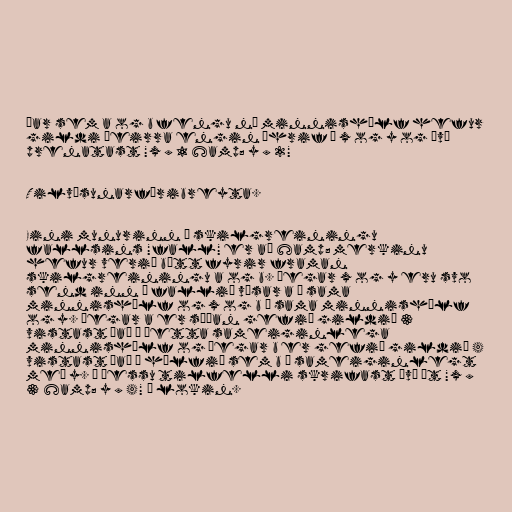
Þar sem a og b fengu ný minnishólf hefur
gildi þeirra engin áhrif á x og y og því
prenatast "x = 1 &amp; y = 2"

Tilvísunarfæribreyta.

Eini munurinn í skilgreiningu
fallsins "fall" er að &amp; merkinu
hefur verið bætt fyrir framan
skilgreiningu a og b. Þegar x og y eru svo
send inn í fallið vísar a á sama
minnishólf og x og b á sama minnishólf
og y. Þegar a er síðan gefið gildið 3
vistast það í þetta sameiginlega
minnishólf og þegar b er gefið gildið 4
vistast það í hólfið sem b á sameiginlegt
með y. Í þessu tilfelli skrifast því út "x =
3 &amp; y = 4" í lokin.